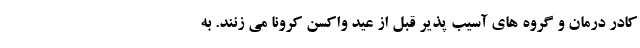
کادر درمان و گروه های آسیب پذیر قبل از عید واکسن کرونا می زنند. به